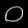
Digit: ၀